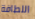
اللطافة